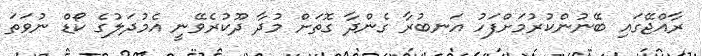
ރާއްޖޭގައި ބޭނުންކުރުމަށްފަހު އަނބުރާ ގެންދާ ގޮތަށް މުދާ ދޫކުރެވޭނީ އެމުދަލުގެ ކޯޑް ނުވަތަ